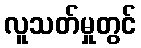
လူသတ်မှုတွင်